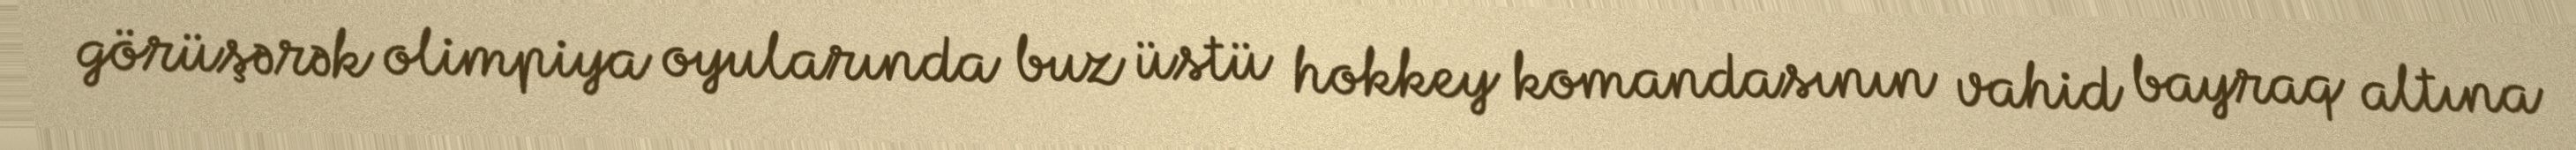
görüşərək olimpiya oyularında buz üstü hokkey komandasının vahid bayraq altına